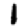
Digit: 1